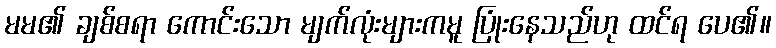
မမ၏ ချစ်စရာ ကောင်းသော မျက်လုံးများကမူ ပြုံးနေသည်ဟု ထင်ရ ပေ၏။